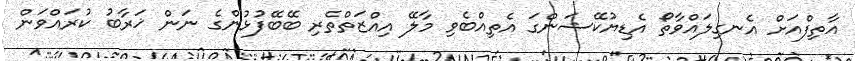
އާތިފްއަށް އެނގިލައްވާތޯ އެޑިޔުކޭޝަންގަ އެތިއްބެވި މާލޭ އިއްޒަތްތެރި ބޭބޭފުޅުންގެ ނަން ޚަރާބު ކުރައްވަން